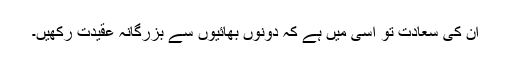
ان کی سعادت تو اسی میں ہے کہ دونوں بھائیوں سے بزرگانہ عقیدت رکھیں۔